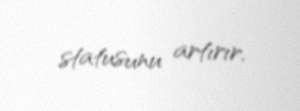
statusunu artırır.